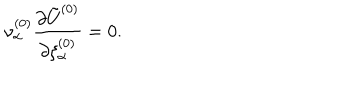
\nu _ { \alpha } ^ { ( 0 ) } \frac { \partial { \tilde { U } } ^ { ( 0 ) } } { \partial \xi _ { \alpha } ^ { ( 0 ) } } = 0 .